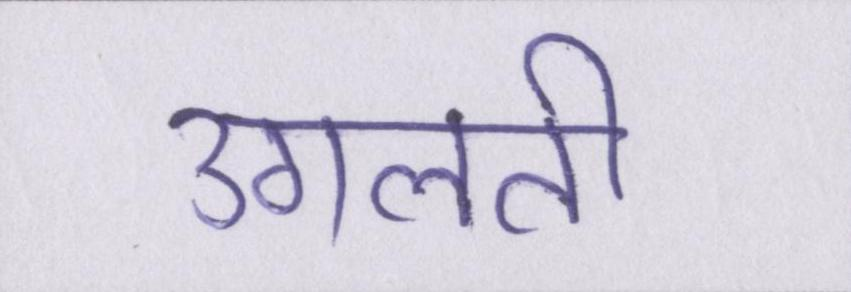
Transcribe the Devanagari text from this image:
उगलती